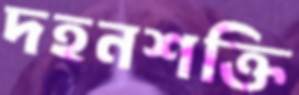
দহনশক্তি